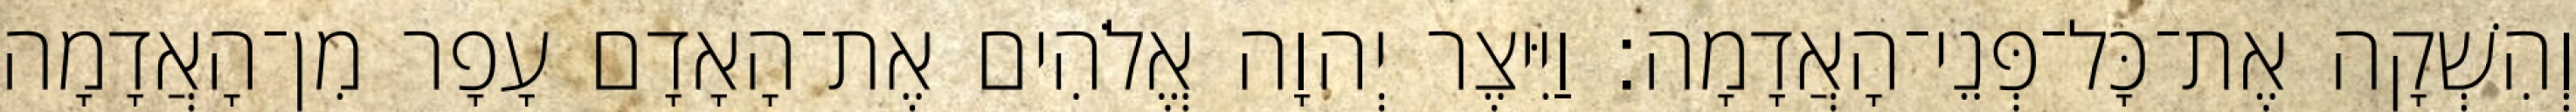
וְהִשְׁקָה אֶת־כָּל־פְּנֵי־הָאֲדָמָה׃ וַיִּיצֶר יְהוָה אֱלֹהִים אֶת־הָאָדָם עָפָר מִן־הָאֲדָמָה